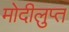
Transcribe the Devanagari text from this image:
मोदीलुप्त